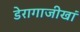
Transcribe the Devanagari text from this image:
डेरागाजीखां